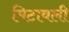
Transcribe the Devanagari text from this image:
मिटावली